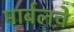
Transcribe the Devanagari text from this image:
मार्बलचे